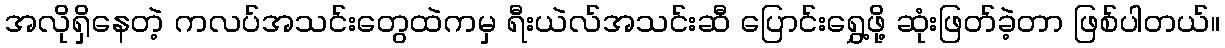
အလိုရှိနေတဲ့ ကလပ်အသင်းတွေထဲကမှ ရီးယဲလ်အသင်းဆီ ပြောင်းရွှေ့ဖို့ ဆုံးဖြတ်ခဲ့တာ ဖြစ်ပါတယ်။